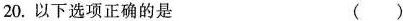
20.以下选项正确的是 ( )